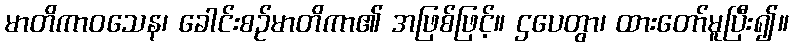
မာတိကာဝသေန၊ ခေါင်းစဉ်မာတိကာ၏ အဖြစ်ဖြင့်။ ဌပေတွာ၊ ထားတော်မူပြီး၍။